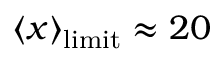
\left\langle x \right\rangle _ { \mathrm { l i m i t } } \approx 2 0